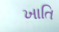
ખાતિ